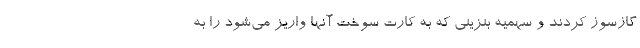
گازسوز کردند و سهمیه بنزینی که به کارت سوخت آنها واریز می‌شود را به